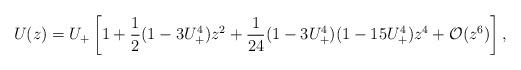
LaTeX: \begin{align*}U(z) = U_+ \left[ 1 + \frac{1}{2} (1 - 3 U_+^4) z^2 + \frac{1}{24} (1 - 3 U_+^4) (1 - 15 U_+^4) z^4 + \mathcal{O}(z^6) \right],\end{align*}